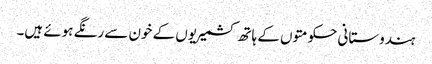
ہندوستانی حکومتوں کے ہاتھ کشمیریوں کے خون سے رنگے ہوئے ہیں۔